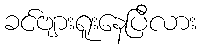
ခင်ဗျားရူးနေပြီလား